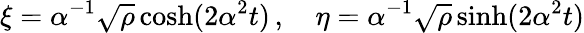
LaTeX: \xi=\alpha^{-1}\sqrt{\rho}\cosh(2\alpha^{2}t)\, ,\quad\eta=\alpha^{-1}\sqrt{\rho}\sinh(2\alpha^{2}t)